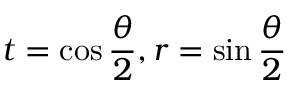
t = \cos \frac { \theta } { 2 } , r = \sin \frac { \theta } { 2 }